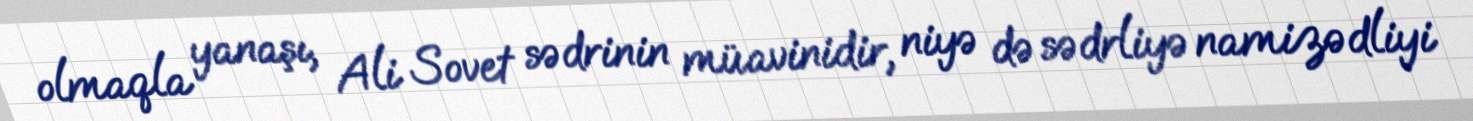
olmaqla yanaşı, Ali Sovet sədrinin müavinidir, niyə də sədrliyə namizədliyi